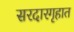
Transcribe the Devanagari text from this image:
सरदारगृहात